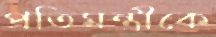
প্রতিমন্ত্রীকে